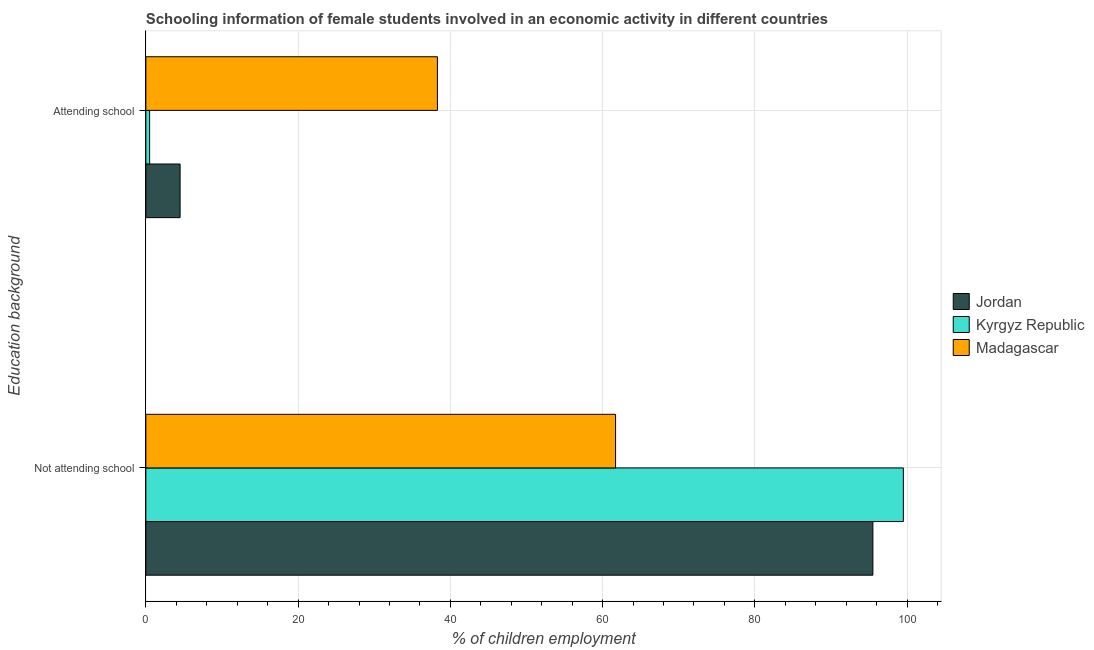
| Education background | Jordan | Kyrgyz Republic | Madagascar |
 | --- | --- | --- | --- |
 | Not attending school | 95.5 | 99.5 | 61.7 |
 | Attending school | 4.5 | 0.5 | 38.3 |